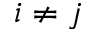
i \neq j